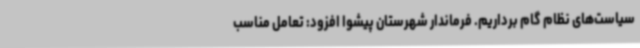
سیاست‌های نظام گام برداریم. فرماندار شهرستان پیشوا افزود: تعامل مناسب